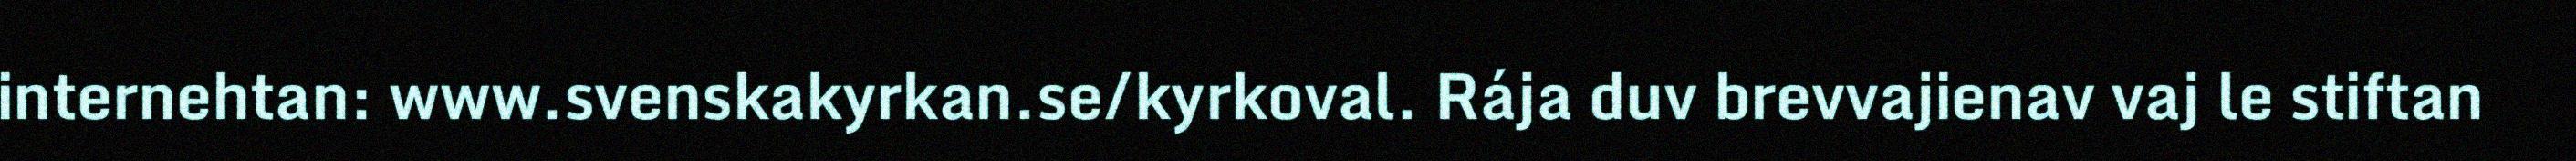
internehtan: www.svenskakyrkan.se/kyrkoval. Rája duv brevvajienav vaj le stiftan